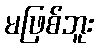
မဖြစ်ဘူး